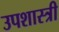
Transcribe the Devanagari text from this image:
उपशास्त्री